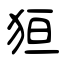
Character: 狟